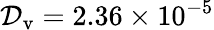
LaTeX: {\cal D}_{\mathrm{v}}=2.36\times 10^{-5}